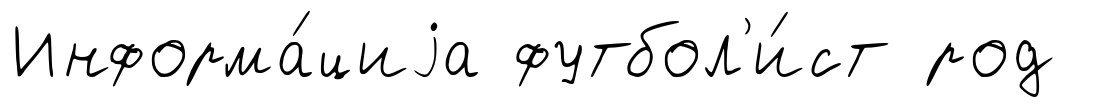
Информа́циjа футбол'и́ст род